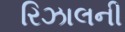
રિઝાલની